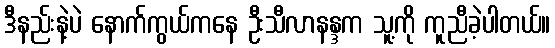
ဒီနည်းနဲ့ပဲ နောက်ကွယ်ကနေ ဦးသီလာနန္ဒက သူ့ကို ကူညီခဲ့ပါတယ်။